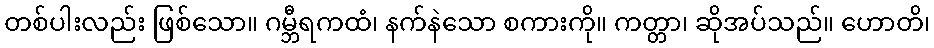
တစ်ပါးလည်း ဖြစ်သော။ ဂမ္ဘီရကထံ၊ နက်နဲသော စကားကို။ ကတ္တာ၊ ဆိုအပ်သည်။ ဟောတိ၊